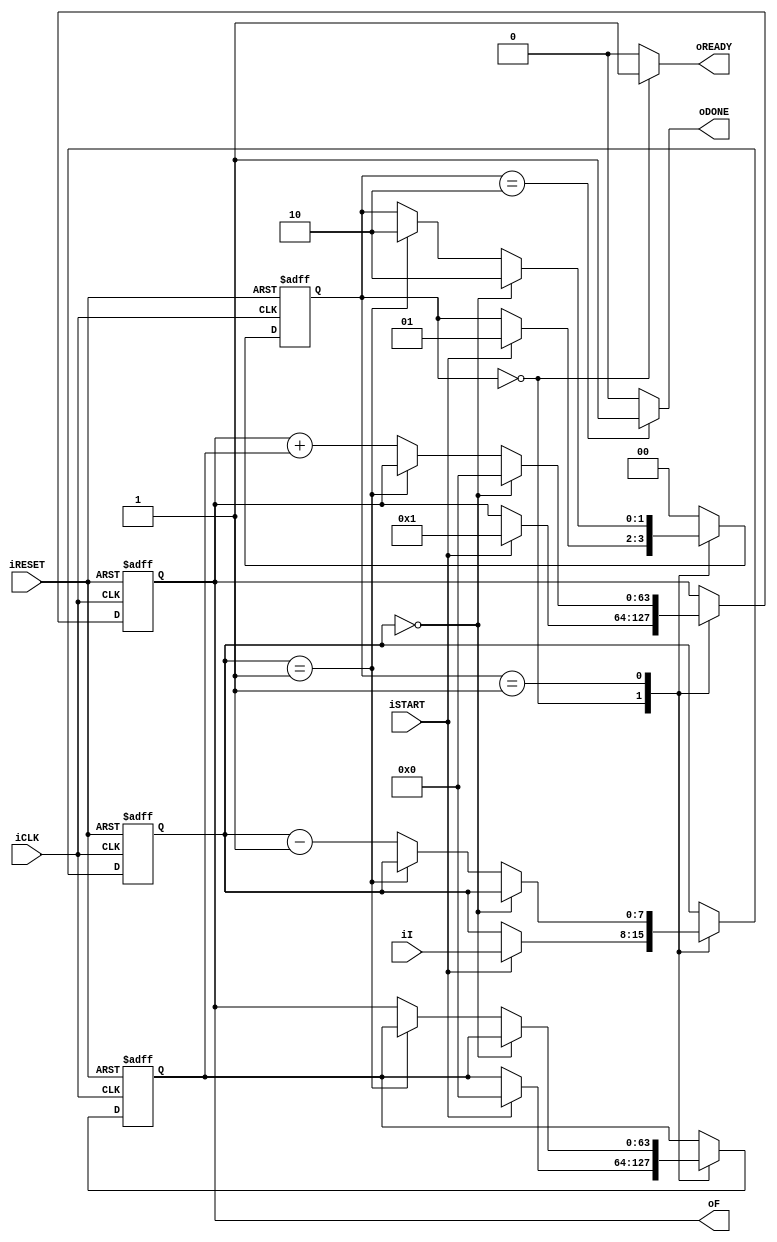
module fib
	(
		input wire iCLK, iRESET,
		input wire iSTART,
		input wire [7:0] iI,
		output reg oREADY, oDONE,
		output wire [63:0] oF
	);
	
	// symbolic state declaration
	localparam [1:0]
		idle = 2'b00,
		op   = 2'b01,
		done = 2'b10;
	
	// signal declaration
	reg [1:0] state_reg, state_next;
	reg [63:0] t0_reg, t0_next, t1_reg, t1_next;
	reg [7:0] n_reg, n_next;

	// body
	// FSMD state & data registers
	always @(posedge iCLK, posedge iRESET)
		if (iRESET)
			begin
				state_reg <= idle;
				t0_reg <= 0;
				t1_reg <= 0;
				n_reg <= 0;
			end
		else
			begin
				state_reg <= state_next;
				t0_reg <= t0_next;
				t1_reg <= t1_next;
				n_reg <= n_next;
			end
	// FSMD next-state logic
	always @*
	begin
		state_next = state_reg;
		oREADY = 1'b0;
		oDONE = 1'b0;
		t0_next = t0_reg;
		t1_next = t1_reg;
		n_next = n_reg;
		case (state_reg)
			idle:
				begin
					oREADY = 1'b1;
					if (iSTART)
						begin
							t0_next = 0;
							t1_next = 1;
							n_next = iI;
							state_next = op;
						end
				end
			op:
				if (n_reg == 0)
					begin
						t1_next = 0;
						state_next = done;
					end
				else if (n_reg == 1)
					state_next = done;
				else
					begin
						t1_next = t1_reg + t0_reg;
						t0_next = t1_reg;
						n_next = n_reg - 1;
					end
			done:
				begin
					oDONE = 1'b1;
					state_next = idle;
				end
			default: state_next = idle;
		endcase
	end
	// output
	assign oF = t1_reg;
endmodule